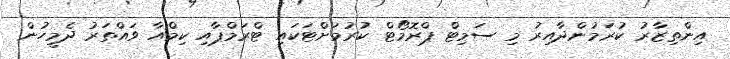
އިންތިޒާރު ކުރަމުންދާއިރު މި ސަމިޓް ޕްރޮމޯޓް ކުރުމަށްޓަކައި ޓްރަމްޕާއި ކިމްއާ ވައްތަރު ދެމީހުން